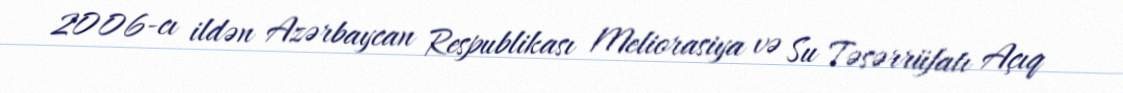
2006-cı ildən Azərbaycan Respublikası Meliorasiya və Su Təsərrüfatı Açıq